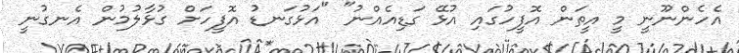
އެހެންނޫނީ މީ އީތަން އޮފީހުގައި އުޅޭ ގަޑިއެއްނު" "އަޅުގަނޑު އޮފީހަށް ގުޅާލުމުން އެނގުނީ